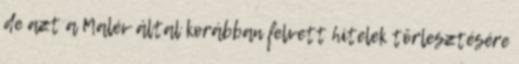
de azt a Malév által korábban felvett hitelek törlesztésére